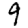
Digit: 9